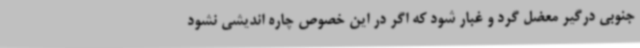
جنوبی درگیر معضل گرد و غبار شود که اگر در این خصوص چاره اندیشی نشود